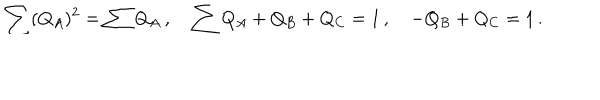
\sum ( Q _ { A } ) ^ { 2 } = \sum Q _ { A } \, , \quad \sum Q _ { A } + Q _ { B } + Q _ { C } = 1 \, , \quad - Q _ { B } + Q _ { C } = 1 \, .